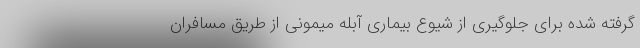
گرفته شده برای جلوگیری از شیوع بیماری آبله میمونی از طریق مسافران